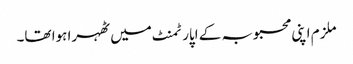
ملزم اپنی محبوبہ کے اپارٹمنٹ میں ٹھہرا ہوا تھا۔